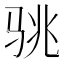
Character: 𱅏